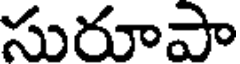
సురూపా